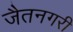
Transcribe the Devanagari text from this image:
जैतनगरी